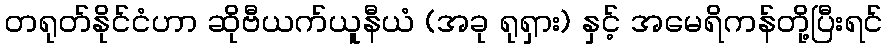
တရုတ်နိုင်ငံဟာ ဆိုဗီယက်ယူနီယံ (အခု ရုရှား) နှင့် အမေရိကန်တို့ပြီးရင်